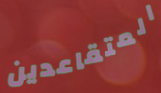
المتقاعدين